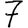
Digit: 7